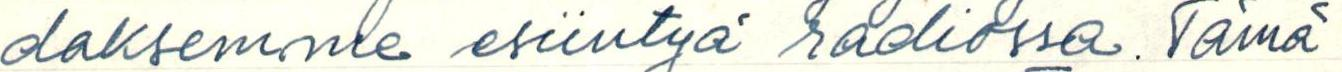
daksemme esiintyä radiossa. Tämä